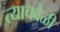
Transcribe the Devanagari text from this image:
त्‍याचवेळी